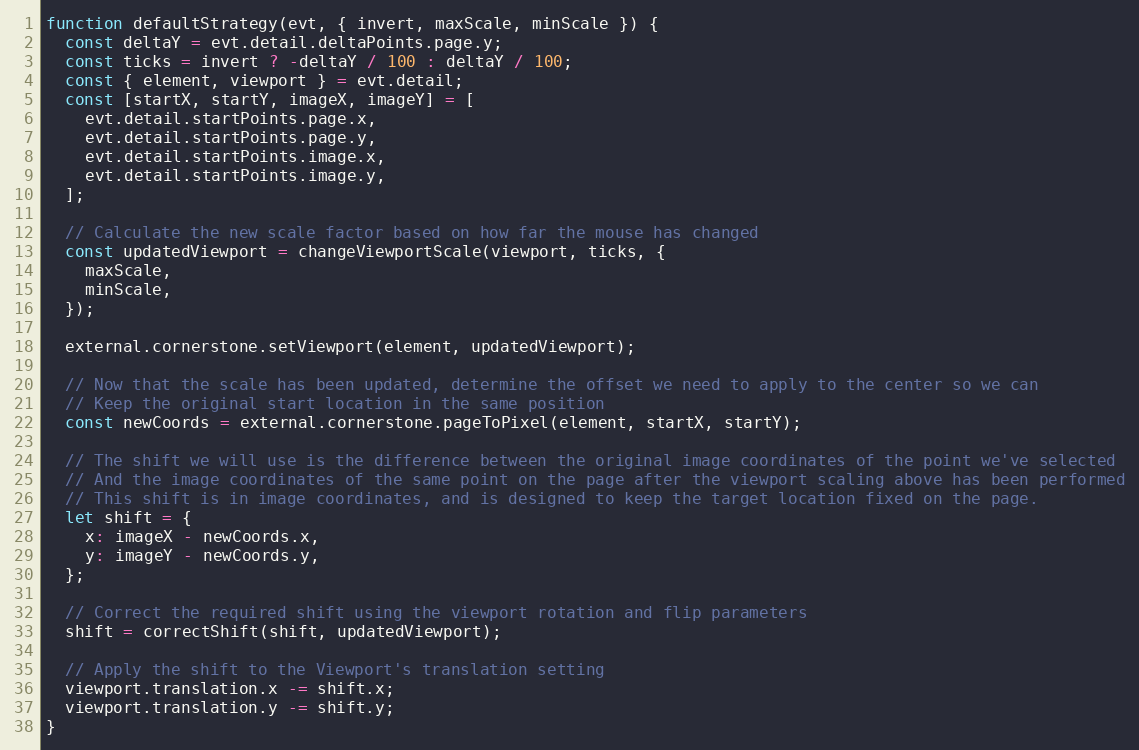
Language: JavaScript
function defaultStrategy(evt, { invert, maxScale, minScale }) {
  const deltaY = evt.detail.deltaPoints.page.y;
  const ticks = invert ? -deltaY / 100 : deltaY / 100;
  const { element, viewport } = evt.detail;
  const [startX, startY, imageX, imageY] = [
    evt.detail.startPoints.page.x,
    evt.detail.startPoints.page.y,
    evt.detail.startPoints.image.x,
    evt.detail.startPoints.image.y,
  ];

  // Calculate the new scale factor based on how far the mouse has changed
  const updatedViewport = changeViewportScale(viewport, ticks, {
    maxScale,
    minScale,
  });

  external.cornerstone.setViewport(element, updatedViewport);

  // Now that the scale has been updated, determine the offset we need to apply to the center so we can
  // Keep the original start location in the same position
  const newCoords = external.cornerstone.pageToPixel(element, startX, startY);

  // The shift we will use is the difference between the original image coordinates of the point we've selected
  // And the image coordinates of the same point on the page after the viewport scaling above has been performed
  // This shift is in image coordinates, and is designed to keep the target location fixed on the page.
  let shift = {
    x: imageX - newCoords.x,
    y: imageY - newCoords.y,
  };

  // Correct the required shift using the viewport rotation and flip parameters
  shift = correctShift(shift, updatedViewport);

  // Apply the shift to the Viewport's translation setting
  viewport.translation.x -= shift.x;
  viewport.translation.y -= shift.y;
}